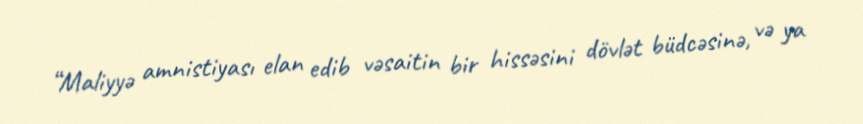
“Maliyyə amnistiyası elan edib vəsaitin bir hissəsini dövlət büdcəsinə, və ya